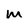
Character: m